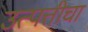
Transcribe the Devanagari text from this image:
उत्पत्तीचा